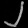
Digit: ၂